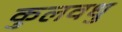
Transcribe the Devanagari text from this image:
कुलवधु